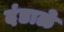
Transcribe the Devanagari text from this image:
दंडाळे